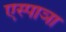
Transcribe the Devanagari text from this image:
एस्पाञा